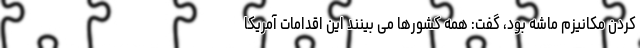
کردن مکانیزم ماشه بود، گفت: همه کشورها می بینند این اقدامات آمریکا